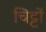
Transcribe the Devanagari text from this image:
चिट्टों